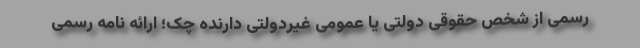
رسمی از شخص حقوقی دولتی یا عمومی غیردولتی دارنده چک؛ ارائه نامه رسمی